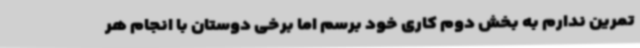
تمرین ندارم به بخش دوم کاری خود برسم اما برخی دوستان با انجام هر